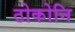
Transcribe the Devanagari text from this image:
ठोकोनि